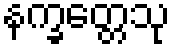
နက္ခတ္တေသု